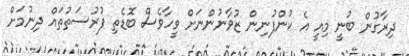
ދިރާގުން ބުނީ މިއީ އެ ކުންފުނިން ޒުވާނުންނަށް ވީހާވެސް ބޮޑެތި ފުރުސަތުތައް ދިނުމަށް